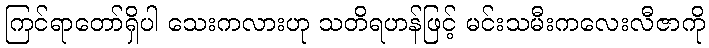
ကြင်ရာတော်ရှိပါ သေးကလားဟု သတိရဟန်ဖြင့် မင်းသမီးကလေးလီဇာကို